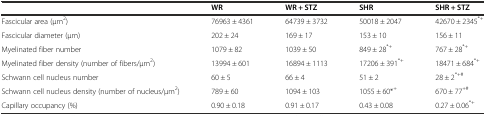
<table><thead><tr><td></td><td><b>WR</b></td><td><b>WR + STZ</b></td><td><b>SHR</b></td><td><b>SHR + STZ</b></td></tr></thead><tbody><tr><td>Fascicular area (μm<sup>2</sup>)</td><td>76963 ± 4361</td><td>64739 ± 3732</td><td>50018 ± 2047</td><td>42670 ± 2345<sup>*+</sup></td></tr><tr><td>Fascicular diameter (μm)</td><td>202 ± 24</td><td>169 ± 17</td><td>153 ± 10</td><td>156 ± 11</td></tr><tr><td>Myelinated fiber number</td><td>1079 ± 82</td><td>1039 ± 50</td><td>849 ± 28<sup>*+</sup></td><td>767 ± 28<sup>*+</sup></td></tr><tr><td>Myelinated fiber density (number of fibers/μm<sup>2</sup>)</td><td>13994 ± 601</td><td>16894 ± 1113</td><td>17206 ± 391<sup>*+</sup></td><td>18471 ± 684<sup>*+</sup></td></tr><tr><td>Schwann cell nucleus number</td><td>60 ± 5</td><td>66 ± 4</td><td>51 ± 2</td><td>28 ± 2<sup>*+#</sup></td></tr><tr><td>Schwann cell nucleus density (number of nucleus/μm<sup>2</sup>)</td><td>789 ± 60</td><td>1094 ± 103</td><td>1055 ± 60*<sup>+</sup></td><td>670 ± 77<sup>+#</sup></td></tr><tr><td>Capillary occupancy (%)</td><td>0.90 ± 0.18</td><td>0.91 ± 0.17</td><td>0.43 ± 0.08</td><td>0.27 ± 0.06<sup>*+</sup></td></tr></tbody></table>